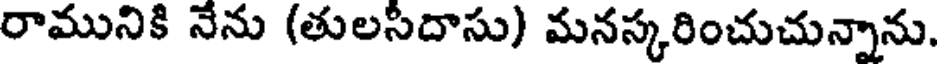
రామునికి నేను (తులసిదాసు) మనస్కరించుచున్నాను.